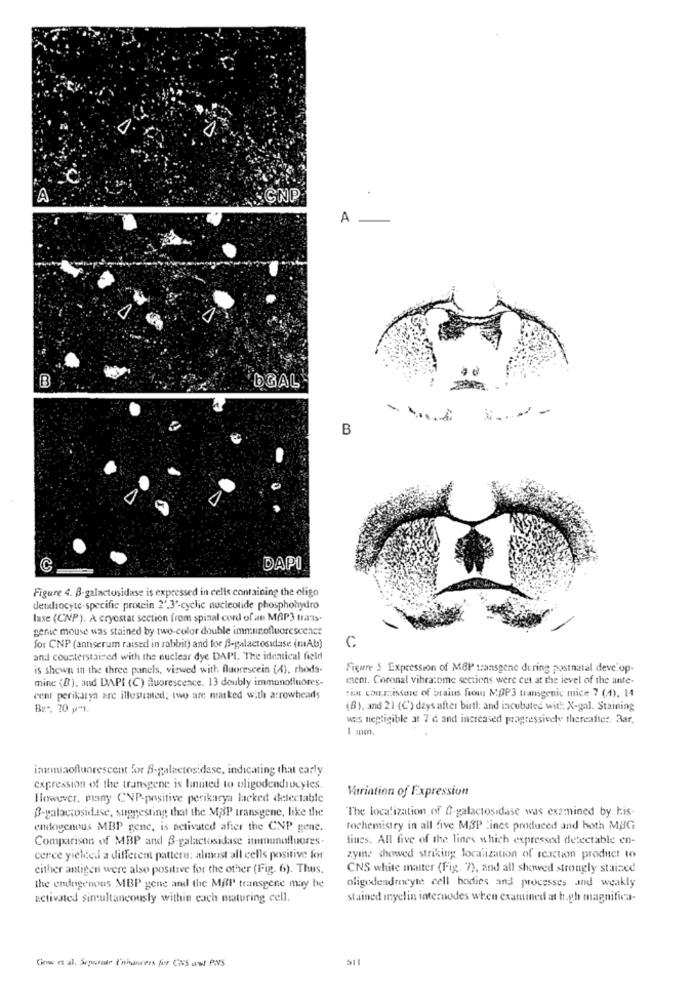
A
SONP
A
B
DGAL
-------
B
C
DAPI
Figure 4. B-galactosidase is expressed in cells containing the eligo
detihrocyte. specific protein 2',3'-cyclic nucleotide phosphohydro
lase (CNP). A cryostat section from spinal cord of an MAP3 trans-
genie mouse was stained by two-color double immunofluorescence
C
for CNP (antiserum raised in rabbit) and for f-galactosadase (mAb)
and counterstained with the nuclear dye DAPI. The identical field
is shown in the three panels, viewed with fluorescein (4). rhoda-
Figure 5 Expression of MBP transgene during postnatal deve op-
mine (B). and DAPI (C) fluorescence. 13 doubly immunofluores-
ment. Coronal vibratome sections were cut at the level of the ante-
cent perikarya are illustrated; two are marked with arrowheads
that com. issue of brains from: MOP3 transgenic mice 7 (1). 14
Bz -. 70 g"l.
(8), and 21 (C') days after birth: and incubated with: X-gal. Staining
wes negligible at 7 c and increased progressively thereafic :. Bar,
1 mm,
inmuaofluorescent for 6-galactosidase, indicating that carly
expression of the transgene is hmited to oligodendrocytes.
Variation of Expression
Ilowever. many CNP-positive perikarya lacked detectable
B-galaccosidase, suggesting that the MAP transgene, like the
The localization of G galactosidase was examined by his-
endogenous MBP gene, is activated after the CNP gene.
tochemistry in all five M3P ines produced and both MBG
Comparison of MBP and B-galactosidase immunofluores.
lines. All five of the lines which expressed detectable en-
cerce yielded a different pattern: almost all cells positive for
zyme showed striking localization of reaction product to
either antigen were also positive for the other (Fig. 6). Thus.
CNS white matter (Fig. 7), and all showed strongly stained
the endogenous MBP gene and the MAl' transgene may be
oligodendrocyte cell bodies and processes and weakly
activated simultaneously within each maturing cell.
stained myelin internodes when examined at h.gh magnifica-
511
Cheve a al. Sevoir Iniactes for CNS and PINS